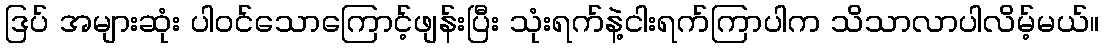
ဒြပ် အများဆုံး ပါဝင်သောကြောင့်ဖျန်းပြီး သုံးရက်နဲ့ငါးရက်ကြာပါက သိသာလာပါလိမ့်မယ်။